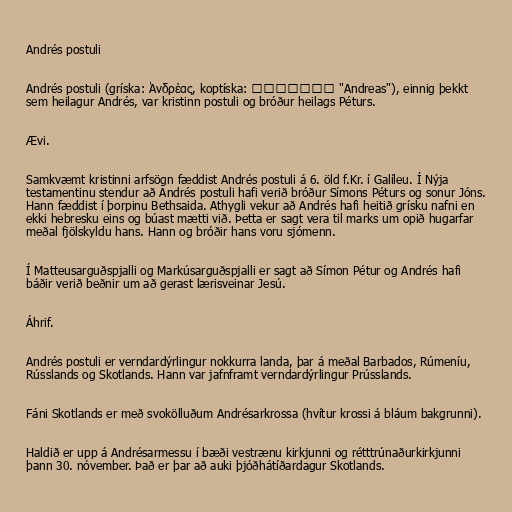
Andrés postuli

Andrés postuli (gríska: Ἀνδρέας, koptíska: ⲁⲛⲇⲣⲉⲁⲥ "Andreas"), einnig þekkt
sem heilagur Andrés, var kristinn postuli og bróður heilags Péturs.

Ævi.

Samkvæmt kristinni arfsögn fæddist Andrés postuli á 6. öld f.Kr. í Galíleu. Í Nýja
testamentinu stendur að Andrés postuli hafi verið bróður Símons Péturs og sonur Jóns.
Hann fæddist í þorpinu Bethsaida. Athygli vekur að Andrés hafi heitið grísku nafni en
ekki hebresku eins og búast mætti við. Þetta er sagt vera til marks um opið hugarfar
meðal fjölskyldu hans. Hann og bróðir hans voru sjómenn.

Í Matteusarguðspjalli og Markúsarguðspjalli er sagt að Símon Pétur og Andrés hafi
báðir verið beðnir um að gerast lærisveinar Jesú.

Áhrif.

Andrés postuli er verndardýrlingur nokkurra landa, þar á meðal Barbados, Rúmeníu,
Rússlands og Skotlands. Hann var jafnframt verndardýrlingur Prússlands.

Fáni Skotlands er með svokölluðum Andrésarkrossa (hvítur krossi á bláum bakgrunni).

Haldið er upp á Andrésarmessu í bæði vestrænu kirkjunni og rétttrúnaðurkirkjunni
þann 30. nóvember. Það er þar að auki þjóðhátíðardagur Skotlands.